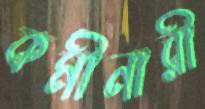
কর্মীনারী